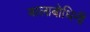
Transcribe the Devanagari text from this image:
बालाबोधिनी